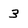
Character: 3